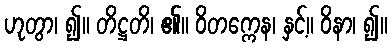
ဟုတွာ၊ ၍။ တိဋ္ဌတိ၊ ၏။ ဝိတက္ကေန၊ နှင့်။ ဝိနာ၊ ၍။